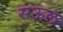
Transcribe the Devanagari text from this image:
सऊल